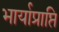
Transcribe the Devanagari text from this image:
भार्याप्राप्ति